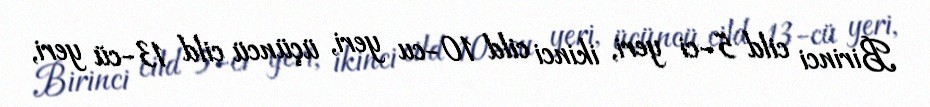
Birinci cild 5-ci yeri, ikinci cild 10-cu yeri, üçüncü cild 13-cü yeri,